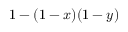
1 - ( 1 - x ) ( 1 - y )